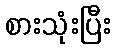
စားသုံးပြီး